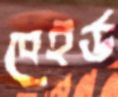
বেইর্ড